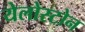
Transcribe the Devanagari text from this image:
येलोस्टोन